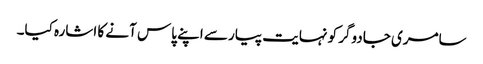
سامری جادوگر کو نہایت پیار سے اپنے پاس آنے کا اشارہ کیا۔